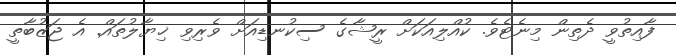
ފާއިތުވީ ދެތިން މިނެޓެެވެ. ކުއްލިއަކަށް ރީޝާގެ ސިކުނޑިއަށް ވެރިވި ޚިޔާލުުތައް